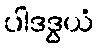
ပါဒဒွယံ